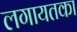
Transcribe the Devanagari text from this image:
लगायतका